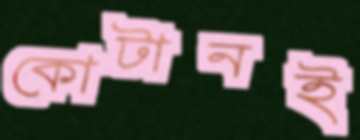
কোটানই